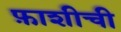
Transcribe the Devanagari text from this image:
फ़ाशीची